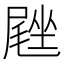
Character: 𪨙